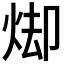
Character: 𭴦